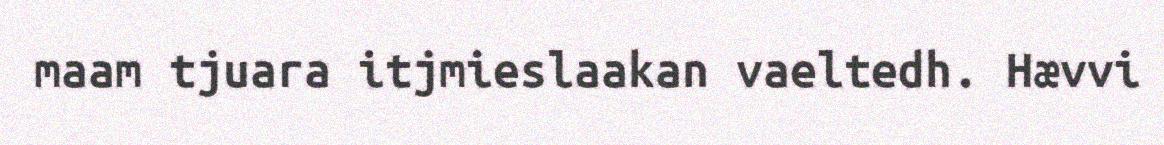
maam tjuara itjmieslaakan vaeltedh. Hævvi